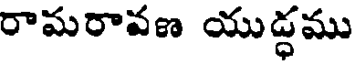
రామరావణ యుడ్ధము